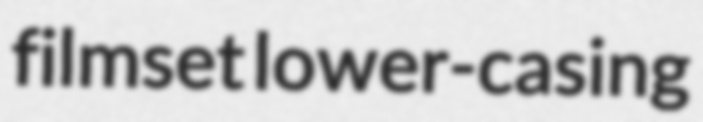
filmset lower-casing